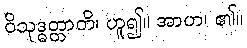
ဝိသုဒ္ဓတ္တာတိ၊ ဟူ၍။ အာဟ၊ ၏။